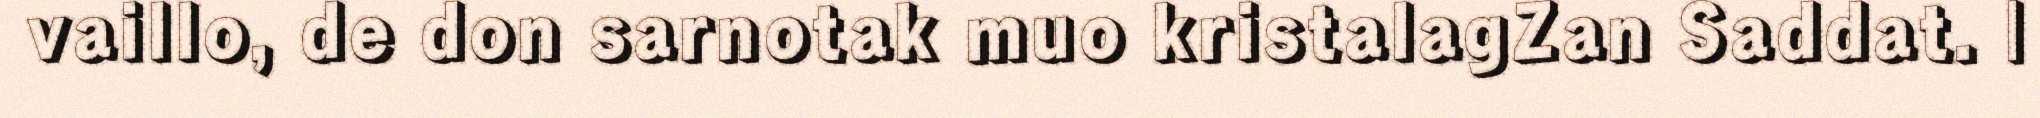
vaillo, de don sarnotak muo kristalagZan Saddat. |